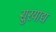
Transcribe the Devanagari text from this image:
सुरयाद्य